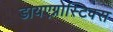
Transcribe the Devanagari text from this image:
डायएग्नोस्टिक्स